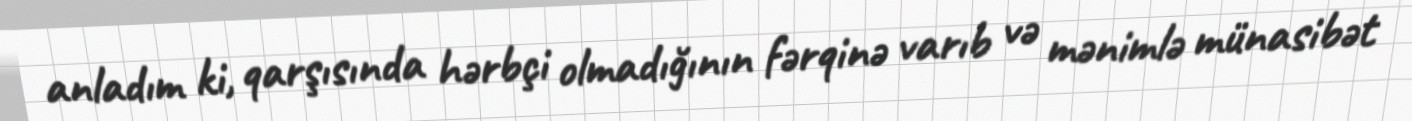
anladım ki, qarşısında hərbçi olmadığının fərqinə varıb və mənimlə münasibət